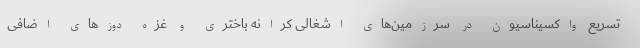
تسریع واکسیناسیون در سرزمین‌های اشغالی کرانه باختری و غزه دوزهای اضافی